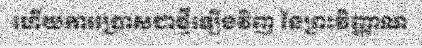
ហើយការប្រោសជាថ្មីឡើងវិញ នៃព្រះវិញ្ញាណ